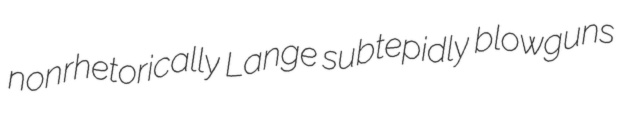
nonrhetorically Lange subtepidly blowguns